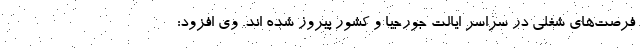
فرصت‌های شغلی در سراسر ایالت جورجیا و کشور پیروز شده اند. وی افزود: